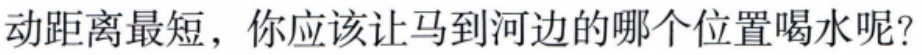
动距离最短，你应该让马到河边的哪个位置喝水呢？